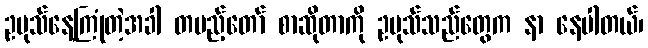
ဥပုသ်နေ့ကြုံတဲ့အခါ တပည့်တော် စာဆိုတာကို ဥပုသ်သည်တွေက နာ နေပါတယ်၊